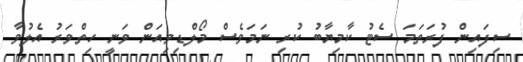
ސިފައިން ފުރަތަމަ ސެޓު ކާމިޔާބު ކުރި ނަމަވެސް މޯލްޑިވިއަން ވަނީ ހިތްވަރު އެލުވާ